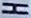
H